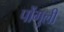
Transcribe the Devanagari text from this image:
पोंगुली